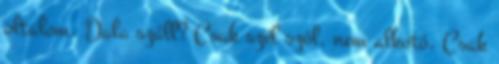
oltalom. Dala száll? Csak szél szól, nem alkotó, Csak